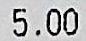
5.00